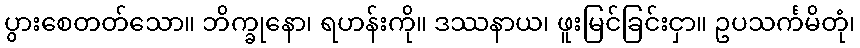
ပွားစေတတ်သော။ ဘိက္ခုနော၊ ရဟန်းကို။ ဒဿနာယ၊ ဖူးမြင်ခြင်းငှာ။ ဥပသင်္ကမိတုံ၊